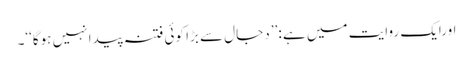
اورایک روایت میں ہے :’’ دجال سے بڑا کوئی فتنہ پیدا نہیں ہوگا‘‘۔